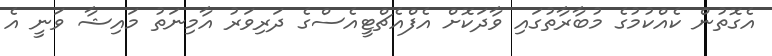
އެގޮތުން ކެއްކުމުގެ މުބާރާތުގައި ވާދަކޮށް އެފްއެޗްޓީއެސްގެ ދަރިވަރު އާމިނަތު މައިޝާ ވަނީ އެ